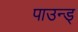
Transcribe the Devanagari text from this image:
पाउन्ड्